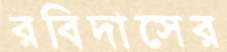
রবিদাসের